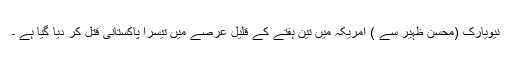
نیویارک (محسن ظہیر سے ) امریکہ میں تین ہفتے کے قلیل عرصے میں تیسرا پاکستانی قتل کر دیا گیا ہے ۔